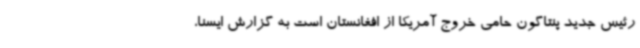
رئیس جدید پنتاگون حامی خروج آمریکا از افغانستان است به گزارش ایسنا،